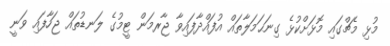
މުޅި މެޗްގައި މޮޅަށްކުޅެ ގިނަޙަމަލާތައް އުފައްދާފައިވާ ޖާރމަން ޓީމުގެ ލަނޑުތައް ޖަހާފައި ވަނީ